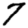
Digit: 7